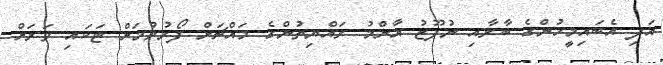
އަދި އެބައިމީހުންގެ ބާރާއި ނުފޫޒު އާންމު ރައްޔިތުންގެ މައްޗަށް ފޯރުވުމަށް ޓަކައި ވަރަށް